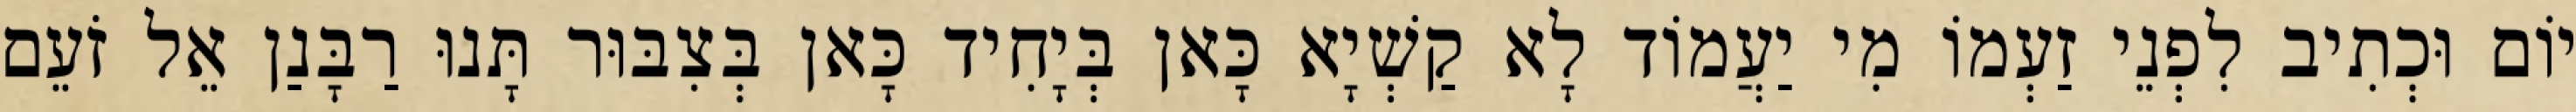
יוֹם וּכְתִיב לִפְנֵי זַעְמוֹ מִי יַעֲמוֹד לָא קַשְׁיָא כָּאן בְּיָחִיד כָּאן בְּצִבּוּר תָּנוּ רַבָּנַן אֵל זֹעֵם